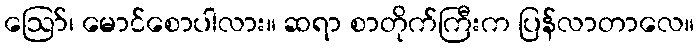
ဪ၊ မောင်စောပါလား။ ဆရာ စာတိုက်ကြီးက ပြန်လာတာလေ။